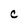
Character: C